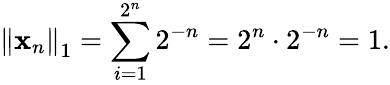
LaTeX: \left\Vert\mathbf{x}_{n}\right\Vert_{1}=\sum_{i=1}^{2^{n}}2^{-n}=2^{n}\cdot 2^{-n}=1.